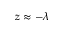
z \approx - \lambda